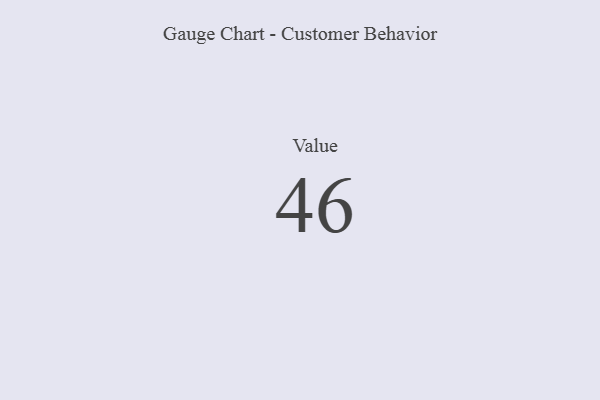
{"axis": {"x": "Metric", "y": "Value"}, "legend": [""], "data": [{"x": "Value", "y": 46, "type": ""}]}